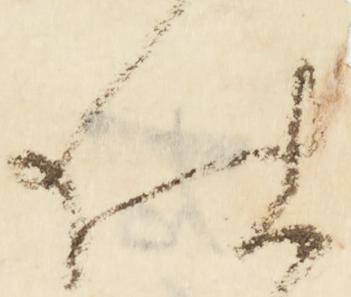
仕